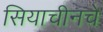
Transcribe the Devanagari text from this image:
सियाचीनचे